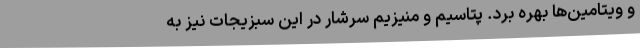
و ویتامین‌ها بهره برد. پتاسیم و منیزیم سرشار در این سبزیجات نیز به